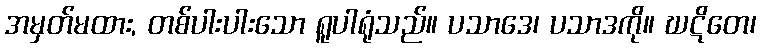
အမှတ်မထား, တစ်ပါးပါးသော ရူပါရုံသည်။ ပသာဒေ၊ ပသာဒကို။ ဃဋိတေ၊